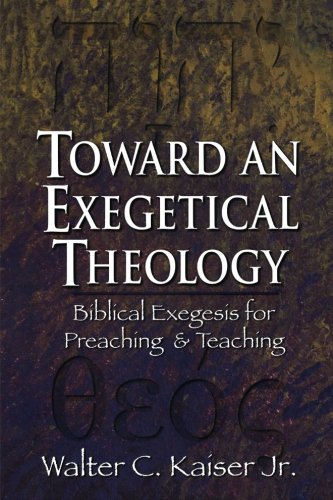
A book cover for Toward an Exegetical Theology: Biblical Exegesis for Preaching and Teaching; Walter C. Kaiser Jr.; Christian Books & Bibles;